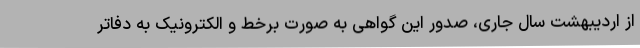
از اردیبهشت سال جاری، صدور این گواهی به صورت برخط و الکترونیک به دفاتر